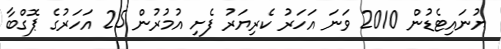
ޔުނައިޓެޑުން 2010 ވަނަ އަހަރު ކެރިޔަރު ފެށި އުމުރުން 25 އަހަރުގެ ޕޮގްބާ